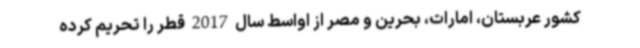
کشور عربستان، امارات، بحرین و مصر از اواسط سال 2017 قطر را تحریم کرده